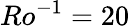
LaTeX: Ro^{-1}=20